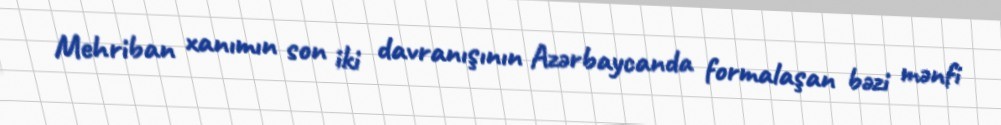
Mehriban xanımın son iki davranışının Azərbaycanda formalaşan bəzi mənfi